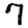
Digit: 7